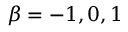
\beta = - 1 , 0 , 1